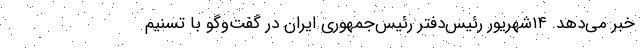
خبر می‌دهد. ۱۴شهریور رئیس‌دفتر رئیس‌جمهوری ایران در گفت‌وگو با تسنیم